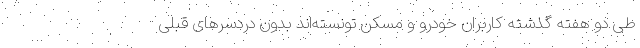
طی دو هفته گذشته کاربران خودرو و مسکن تونسته‌اند بدون دردسرهای قبلی